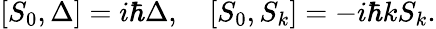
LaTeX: [S_{0},\Delta]=i\hbar\Delta,\quad[S_{0},S_{k}]=-i\hbar kS_{k}.